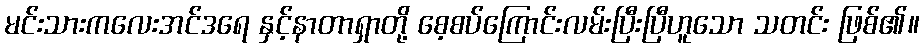
မင်းသားကလေးအင်ဒရေ နှင့်နာတာရှာတို့ စေ့စပ်ကြောင်းလမ်းပြီးပြီဟူသော သတင်း ဖြစ်၏။